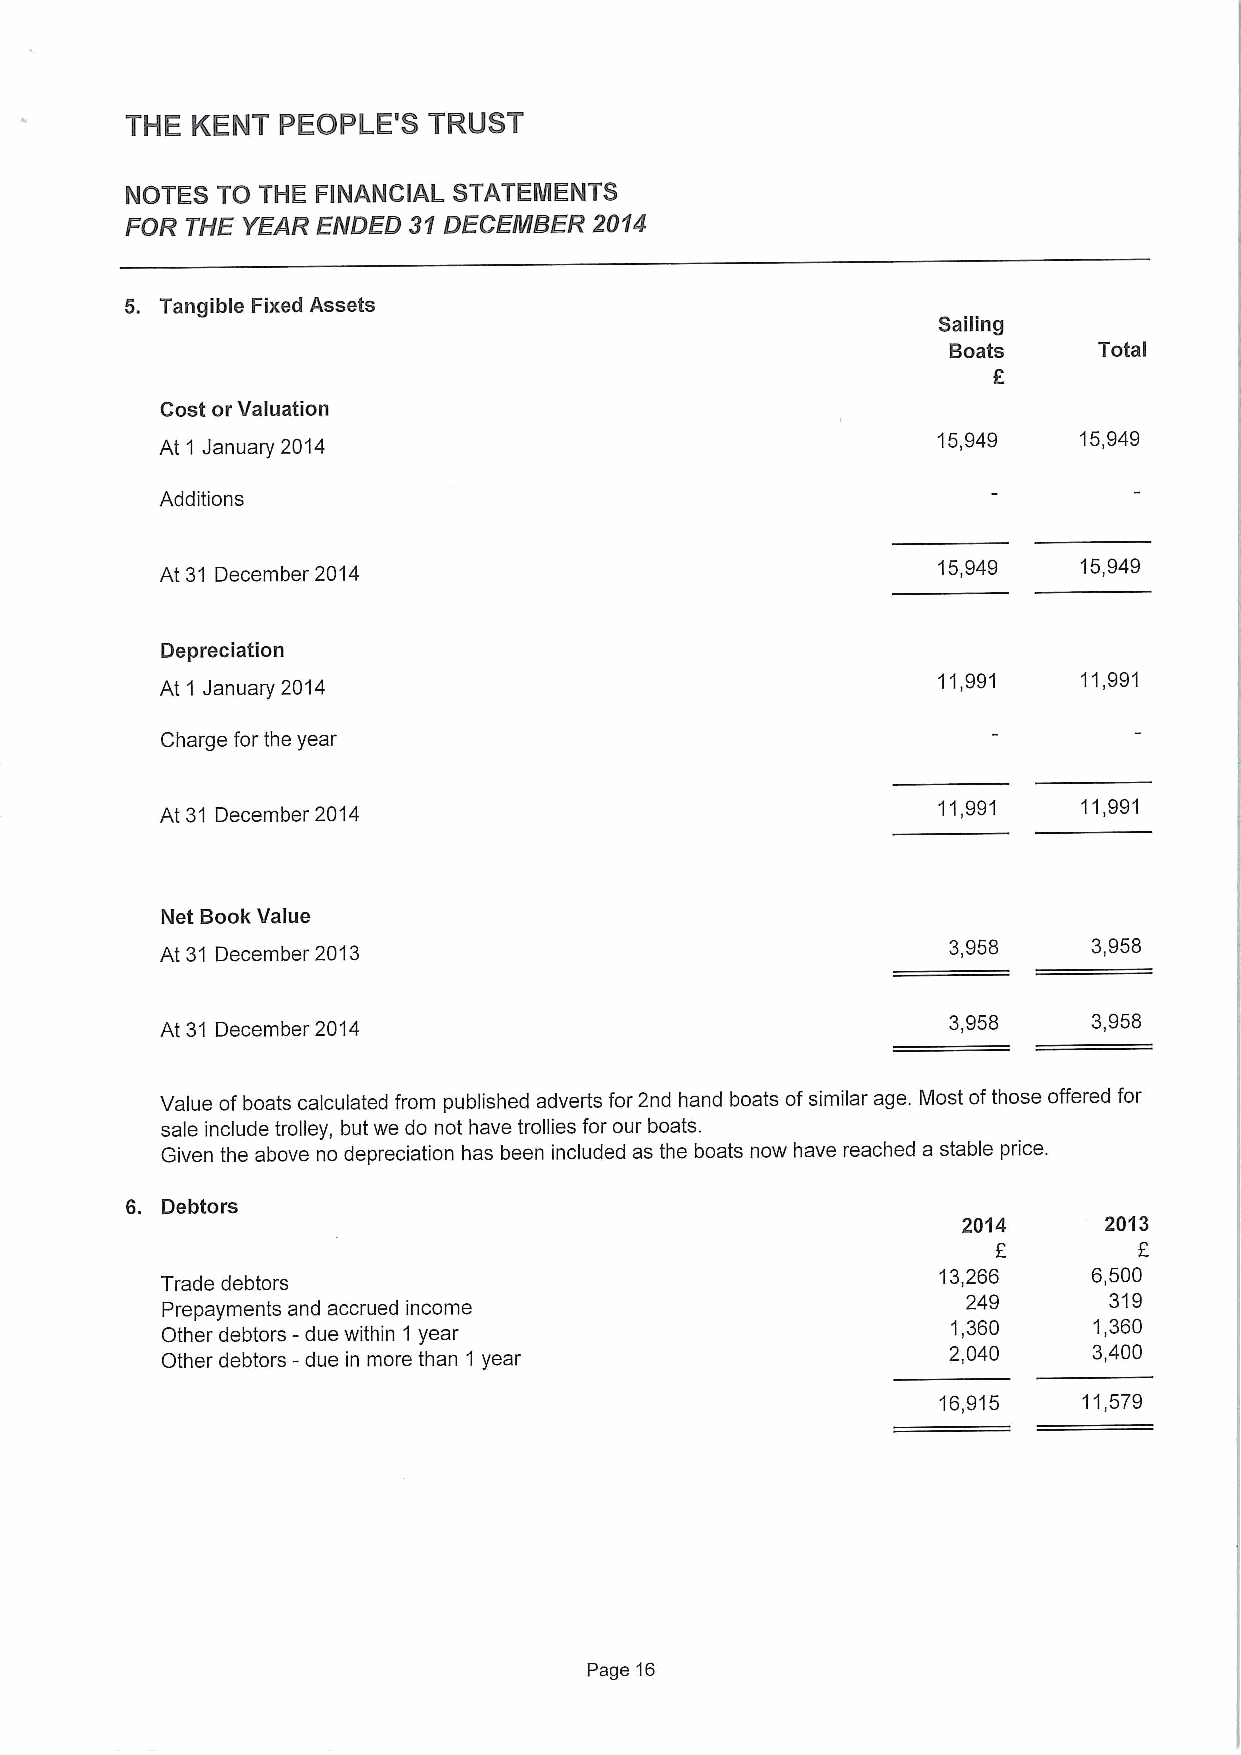
THE  KENT PEOPLE'S  TRUST
 NOTES TO THE FINANCIAL STATEMENTS
 FOR THE YEAR ENDED 31DECEMBER  2014
 5. Tangible Fixed Assets
 Sailing
 Boats     Total
 Cost orValuation
 At 1 January 2014                                  15,949   15,949
 Additions
 At 31 December 2014                                15,949    15,949
 Depreciation
 At 1 January 2014
 11,991    11,991
 Charge for the year
 At 31 December 2014                                11,991    11,991
 Net BookValue
 At 31 December 2013                                 3,958    3,958
 At 31 December 2014                                 3,958    3,958
 Value ofboats calculated from published adverts for 2nd hand boats ofsimilar age. Most ofthose offered for
 sale include trolley, but we do not have trollies for our boats.
 Given the above no depreciation has been included as the boats now have reached a stable price.
 6. Debtors
 2014     2013
 E        E
 13,266    6,500
 Trade debtors
 249      319
 Prepayments and accrued income
 Other debtors -due within 1 year                    1,360    1,360
 Other debtors -due in more than 1 year              2,040    3,400
 16,915    11,579
 Page 16